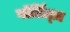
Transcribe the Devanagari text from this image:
गॉर्लित्ज़